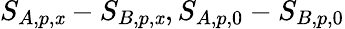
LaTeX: S_{A,p,\mathit{x}}-S_{B,p,\mathit{x}},S_{A,p,0}-S_{B,p,0}